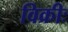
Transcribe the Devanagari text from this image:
विक्रीः